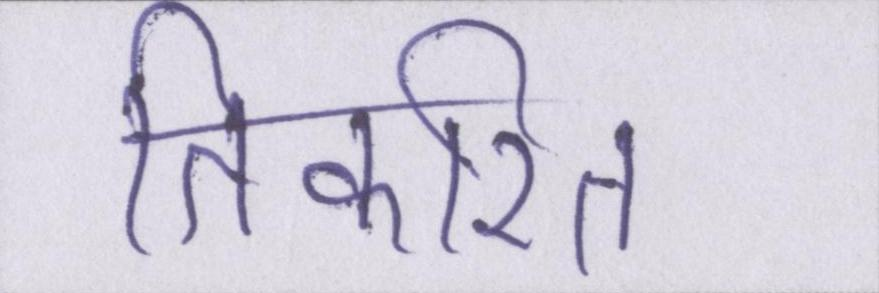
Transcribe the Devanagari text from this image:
तिकरित